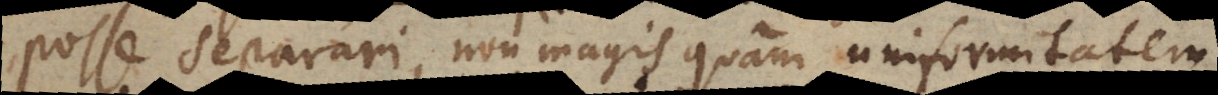
posse separari, non magis quam uniformitatem